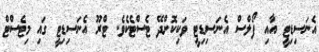
އެނަސިޑިޓީ އާއި ފޯލްސް އެނަސިޑިޓީ ވަކިކޮށްދޭ ޓެސްޓެކެވެ. ޓްރޫ އެނަސިޑިޓީ ގައި މިޓެސްޓް